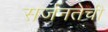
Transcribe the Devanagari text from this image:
सर्जनतेची